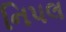
નિપલ